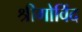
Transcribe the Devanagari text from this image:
श्रीगोविंद